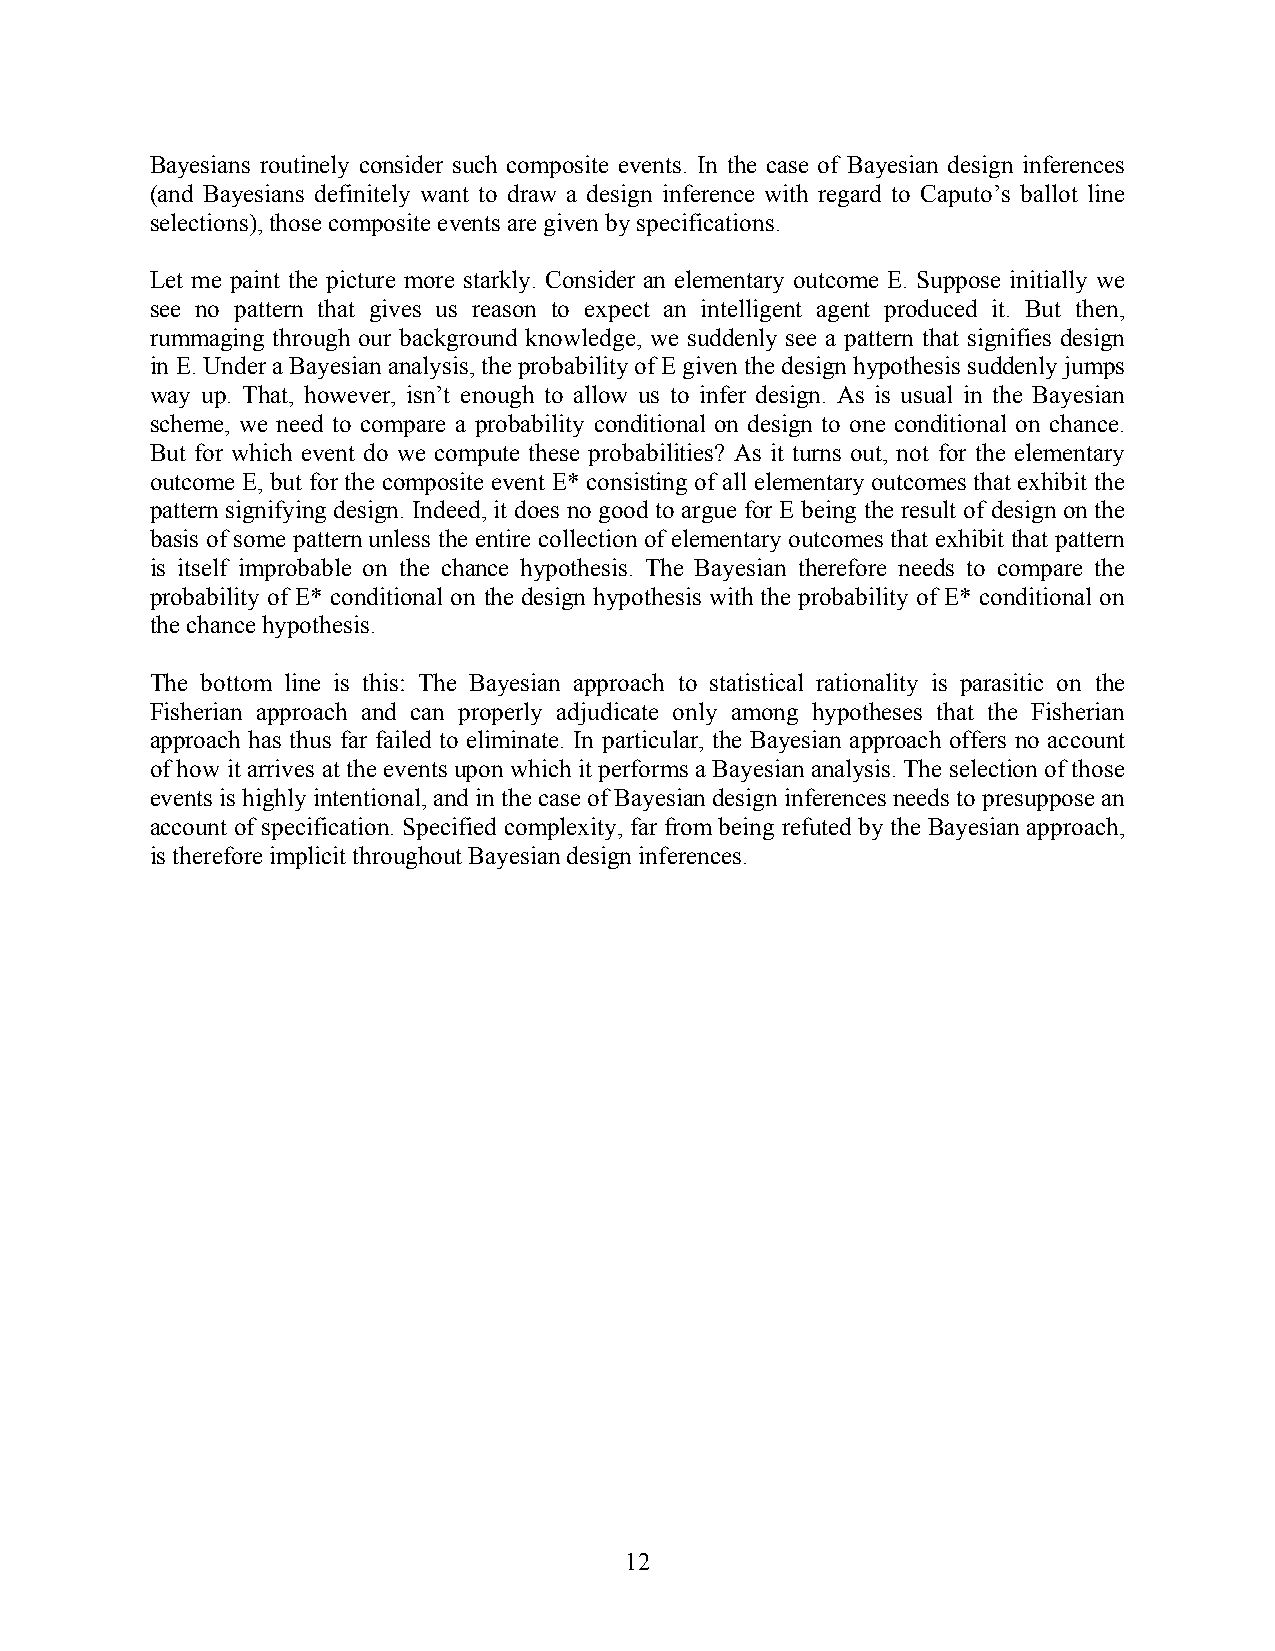
Bayesians routinely consider such composite events. In the case of Bayesian design inferences
 (and Bayesians definitely want to draw a design inference with regard to Caputo’s ballot line
 selections), those composite events are given by specifications.
 Let me paint the picture more starkly. Consider an elementary outcome E. Suppose initially we
 see no pattern that gives us reason to expect an intelligent agent produced it. But then,
 rummaging through our background knowledge, we suddenly see a pattern that signifies design
 in E. Under a Bayesian analysis, the probability of E given the design hypothesis suddenly jumps
 way up. That, however, isn’t enough to allow us to infer design. As is usual in the Bayesian
 scheme, we need to compare a probability conditional on design to one conditional on chance.
 But for which event do we compute these probabilities? As it turns out, not for the elementary
 outcome E, but for the composite event E* consisting of all elementary outcomes that exhibit the
 pattern signifying design. Indeed, it does no good to argue for E being the result of design on the
 basis of some pattern unless the entire collection of elementary outcomes that exhibit that pattern
 is itself improbable on the chance hypothesis. The Bayesian therefore needs to compare the
 probability of E* conditional on the design hypothesis with the probability of E* conditional on
 the chance hypothesis.
 The bottom line is this: The Bayesian approach to statistical rationality is parasitic on the
 Fisherian approach and can properly adjudicate only among hypotheses that the Fisherian
 approach has thus far failed to eliminate. In particular, the Bayesian approach offers no account
 of how it arrives at the events upon which it performs a Bayesian analysis. The selection of those
 events is highly intentional, and in the case of Bayesian design inferences needs to presuppose an
 account of specification. Specified complexity, far from being refuted by the Bayesian approach,
 is therefore implicit throughout Bayesian design inferences.
 12